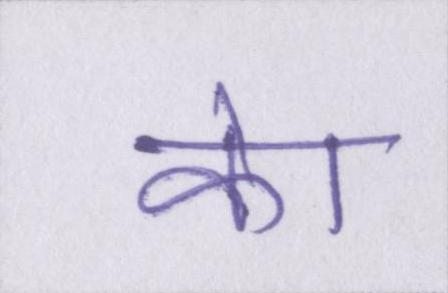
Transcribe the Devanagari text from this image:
केा